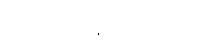
အခြေအနေဖြစ်ပါတယ်။